Lunatic asylums Central Provinces reports 1895-1909 - 1895-1909
Year: 1895
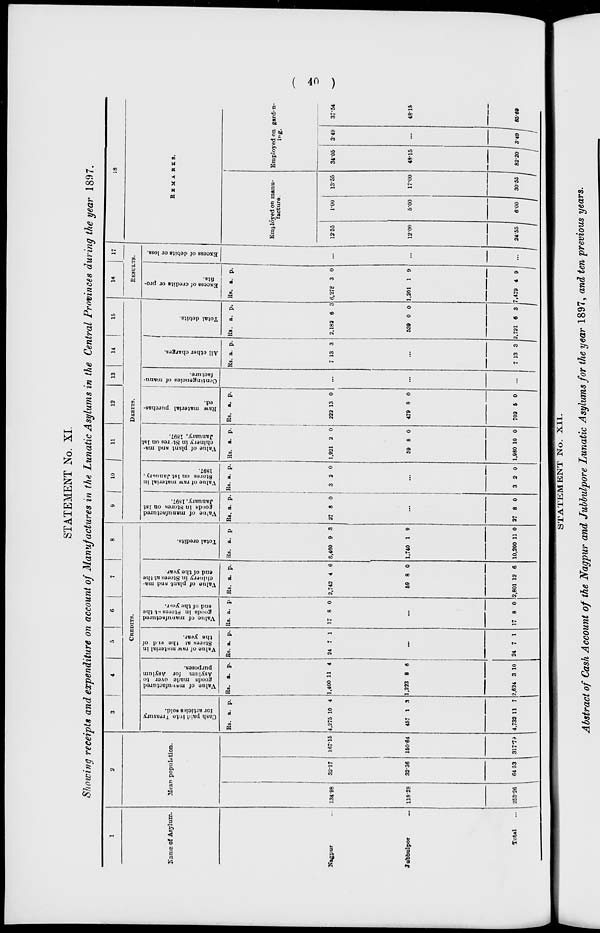
( 40 )
STATEMENT No. XI.
Showing receipts and expenditure on account of Manufactures in the Lunatic Asylums in the Central Provinces during the year 1897.
1
Name of Asylum.
Nagpur ...
Jubbulpor ...
Total ...
2
Mean population.
134.98
118.28
253.26
32.17
32.36
64.53
167.15
150.64
317.79
3
4
5
6
7
8
CREDITS.
Cash paid into Treasury
for articles sold.
Rs.
4,275
457
4,732
a.
10
1
11
p.
4
3
7
Value of mnnufactured
goods made over to
Asylum for Asylum
purposes.
Rs.
1,400
1,223
2,624
a.
11
8
3
p.
4
6
10
Value of raw material in
Stores at the end of
the year.
Rs.
24
a.
7
p.
1
...
24 7 1
Value of manufactured
goods in Stores at the
end of the year.
Rs.
17
a.
8
p.
0
...
17 8 0
Value of plant and ma-
chinery in Stores at the
end of the year.
Rs.
2,742
59
2,801
a.
4
8
12
p.
6
0
6
Total credits.
Rs.
8,460
1,740
10,200
a.
9
1
11
p.
3
9
0
9
10
11
12
13
14
15
DEBITS.
Value
of manufactured
goods in Stores on 1st
January, 1897.
Rs.
27
a.
8
p.
0
...
27 8 0
Value of raw material in
Stores on 1st January,
1897.
Rs.
3
a.
2
p.
0
...
3 2 0
Value of plant and ma-
chinery in Stores on 1st
January, 1897.
Rs.
1,921
59
1,980
a.
2
8
10
p.
0
0
0
Raw material purchas-
ed.
Rs.
222
479
702
a.
13
8
5
p.
0
0
0
Contingencies of manu-
facture.
...
...
...
All other charges.
Rs.
7
a.
13
p.
3
...
7 13 3
Total debits.
Rs.
2,182
539
2,721
a.
6
0
6
p.
3
0
3
16
17
RESULTS.
Excess of credits or pro-
fits.
Rs.
6,278
1,201
7,479
a.
3
1
4
p.
0
9
9
Excess of debits or loss.
...
...
...
18
REMARKS.
Employed on manu-
facture.
12.55
12.00
24.55
1.00
5.00
6.00
13.55
17.00
30.55
Employed on garden-
ing.
34.05
48.15
82.20
3.49
...
3.49
37.54
48.15
85.69